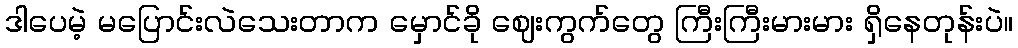
ဒါပေမဲ့ မပြောင်းလဲသေးတာက မှောင်ခို ဈေးကွက်တွေ ကြီးကြီးမားမား ရှိနေတုန်းပဲ။